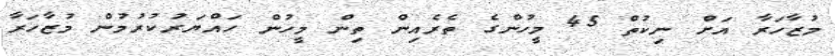
މުޒާހަރާ އަށް ނިކުތް 45 މީހުންގެ ތެރެއިން ތިން މީހުން ހައްޔަރުކުރުމުން މުޒާހަރާ